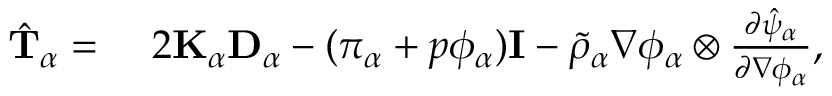
\begin{array} { r l } { \hat { \mathbf { T } } _ { \alpha } = } & { { } ~ 2 \mathbf { K } _ { \alpha } \mathbf { D } _ { \alpha } - ( \pi _ { \alpha } + p \phi _ { \alpha } ) \mathbf { I } - \tilde { \rho } _ { \alpha } \nabla \phi _ { \alpha } \otimes \frac { \partial \hat { \psi } _ { \alpha } } { \partial \nabla \phi _ { \alpha } } , } \end{array}